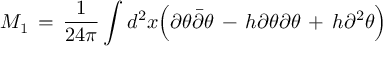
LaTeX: M _ { 1 } \, = \, { \frac { 1 } { 2 4 \pi } } \int d ^ { 2 } x \Big ( \partial \theta { \bar { \partial } } \theta \, - \, h \partial \theta \partial \theta \, + \, h \partial ^ { 2 } \theta \Big )